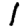
Digit: 1